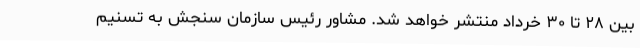
بین ۲۸ تا ۳۰ خرداد منتشر خواهد شد. مشاور رئیس سازمان سنجش به تسنیم